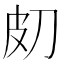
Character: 𤿇